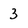
Character: 3